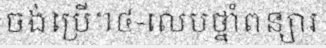
ចង់ប្រើ។៤-លេបថ្នាំពន្យារ